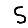
Digit: 5